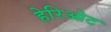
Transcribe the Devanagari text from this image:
हेरिओट